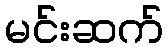
မင်းဆက်